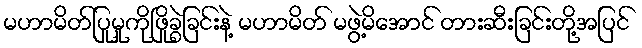
မဟာမိတ်ပြုမှုကိုဖြိုခွဲခြင်းနဲ့ မဟာမိတ် မဖွဲ့မိအောင် တားဆီးခြင်းတို့အပြင်